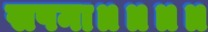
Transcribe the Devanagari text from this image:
सपना॥॥॥॥